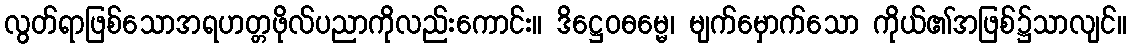
လွတ်ရာဖြစ်သောအရဟတ္တဖိုလ်ပညာကိုလည်းကောင်း။ ဒိဋ္ဌေဝဓမ္မေ၊ မျက်မှောက်သော ကိုယ်၏အဖြစ်၌သာလျင်။